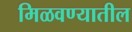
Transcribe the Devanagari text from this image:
मिळवण्यातील